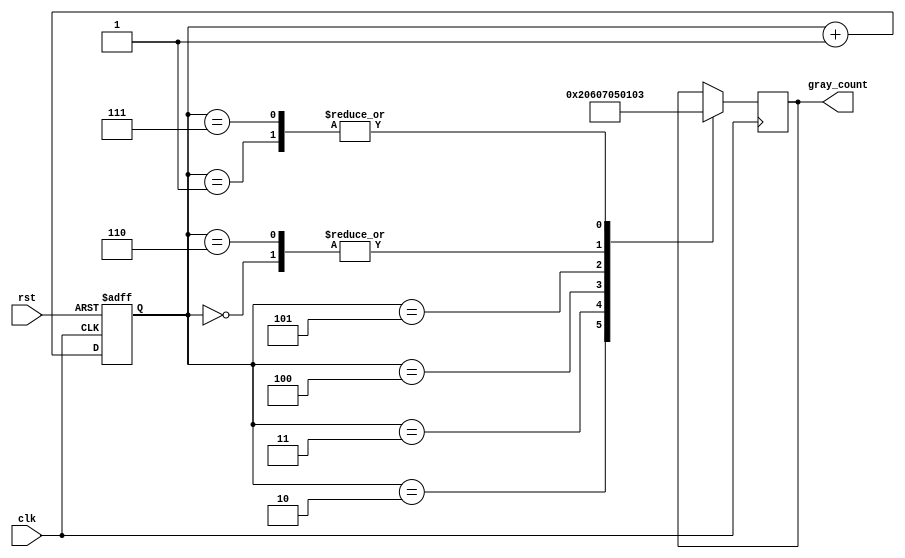
module Gray_counter_clock_divider (
  input wire clk,
  input wire rst,
  output wire [7:0] gray_count
);

reg [7:0] count;
reg [7:0] gray_count_reg;

always @ (posedge clk or posedge rst)
begin
  if (rst)
    count <= 8'd0;
  else
    count <= count + 1;
end

always @ (posedge clk)
begin
  case(count)
    0: gray_count_reg <= 8'b00000001;
    1: gray_count_reg <= 8'b00000011;
    2: gray_count_reg <= 8'b00000010;
    3: gray_count_reg <= 8'b00000110;
    4: gray_count_reg <= 8'b00000111;
    5: gray_count_reg <= 8'b00000101;
    6: gray_count_reg <= 8'b00000001;
    7: gray_count_reg <= 8'b00000011;
  endcase
end

assign gray_count = gray_count_reg;

endmodule